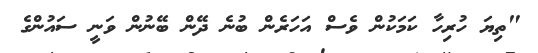
"ތިޔަ ހުރިހާ ކަމަކުން ވެސް އަހަރެން ބުނެ ދޭން ބޭނުން ވަނީ ސައުންގެ